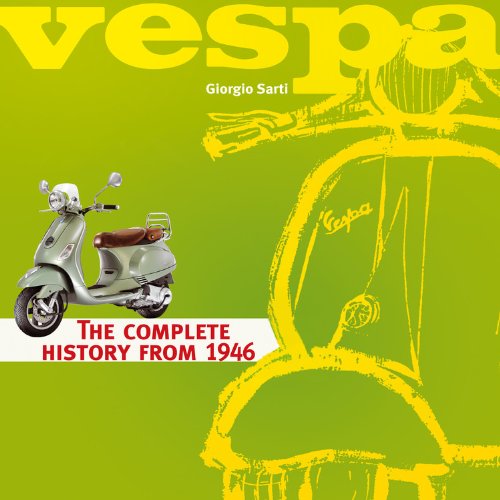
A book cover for Vespa: The Complete History From 1946; Giorgio Sarti; Arts & Photography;